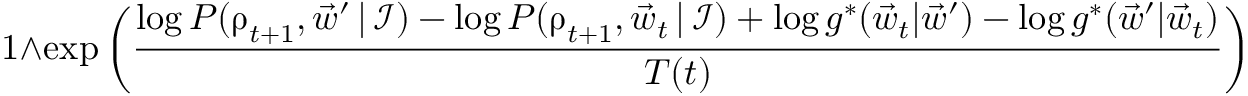
1 \wedge \exp \left( \frac { \log P ( \boldsymbol \uprho _ { t + 1 } , \vec { w } ^ { \prime } \, | \, \mathcal I ) - \log P ( \boldsymbol \uprho _ { t + 1 } , \vec { w } _ { t } \, | \, \mathcal I ) + \log g ^ { * } ( \vec { w } _ { t } | \vec { w } ^ { \prime } ) - \log g ^ { * } ( \vec { w } ^ { \prime } | \vec { w } _ { t } ) } { T ( t ) } \right) .